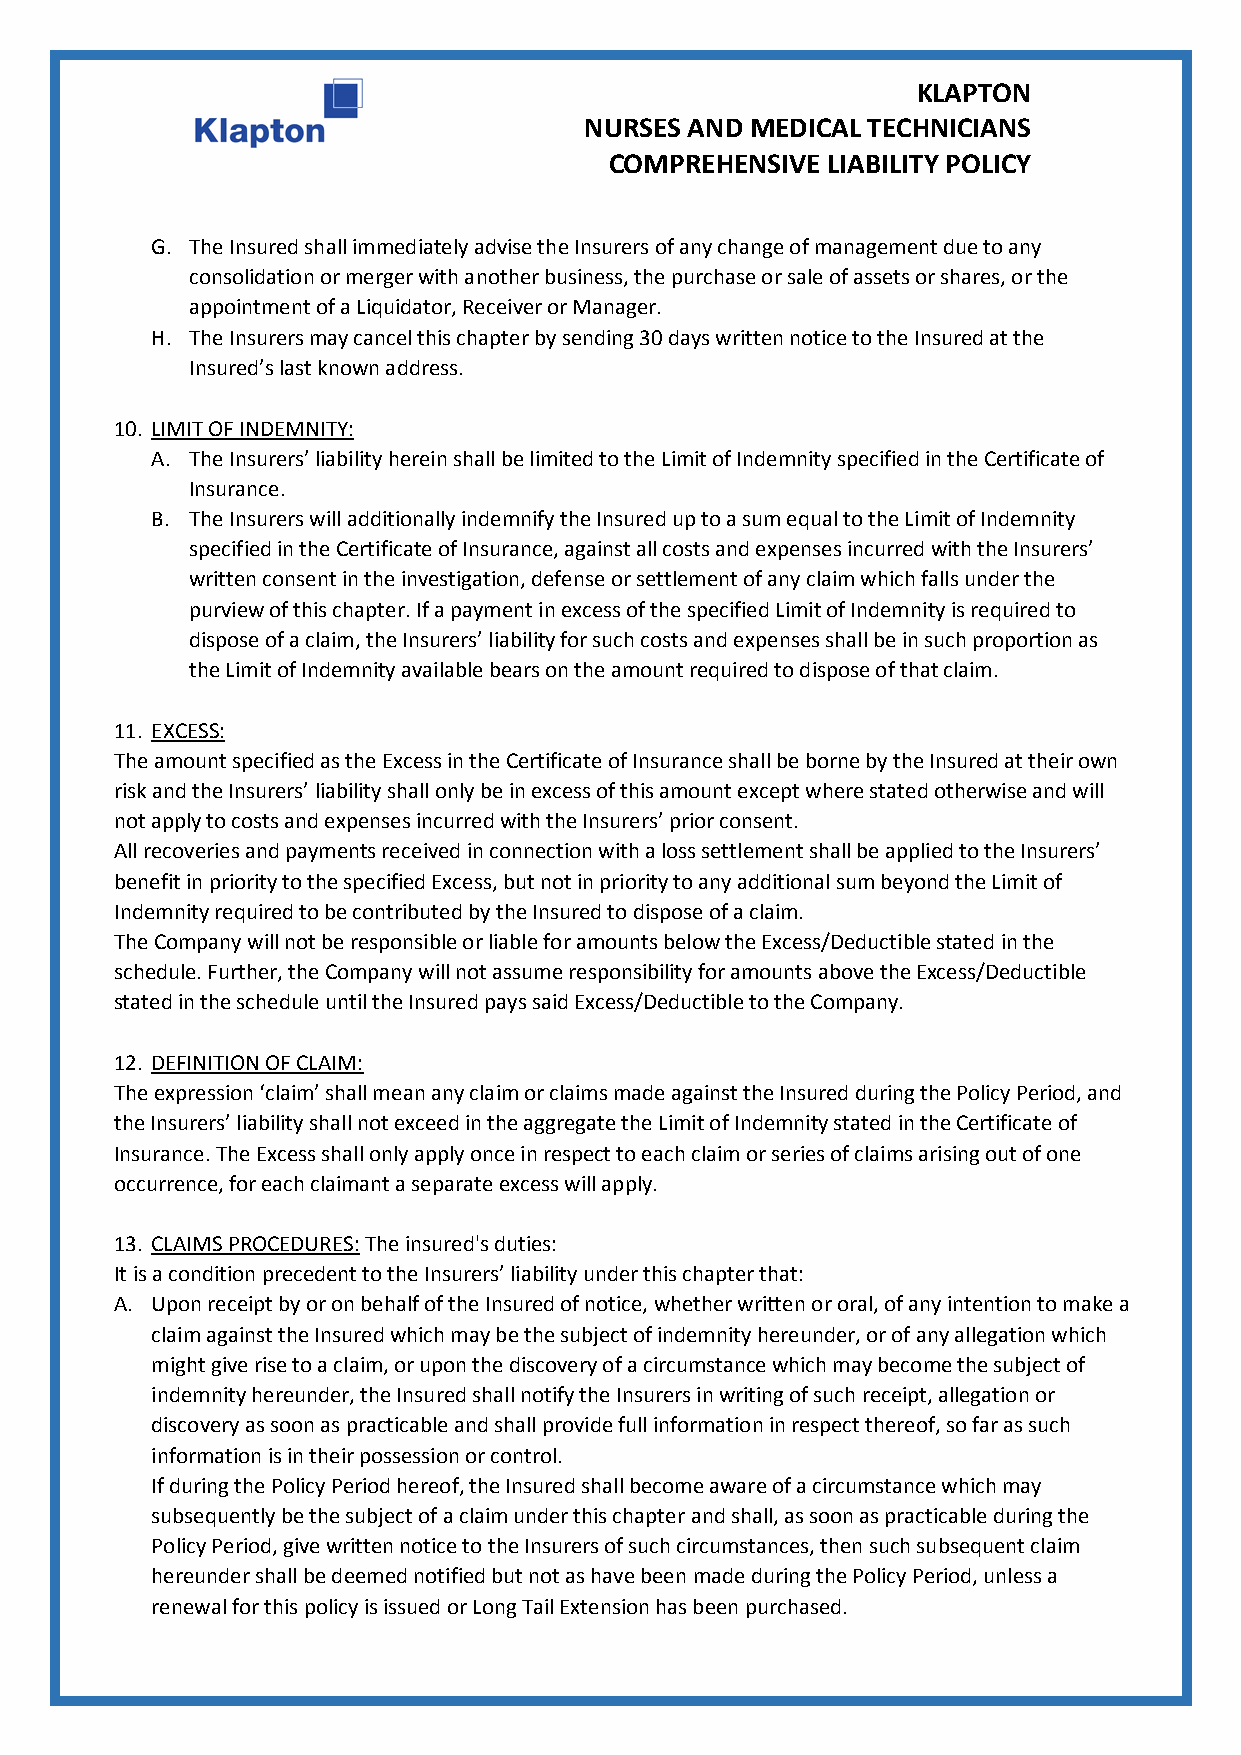
KLAPTON
 NURSES AND MEDICAL TECHNICIANS
 COMPREHENSIVE  LIABILITY POLICY
 G. The Insured shall immediately advise the Insurers of any change of management due to any
 consolidation or merger with another business, the purchase or sale of assets or shares, or the
 appointment of a Liquidator, Receiver or Manager.
 H. The Insurers may cancel this chapter by sending 30 days written notice to the Insured at the
 Insured’s last known address.
 10. LIMIT OF INDEMNITY:
 A. The Insurers’ liability herein shall be limited to the Limit of Indemnity specified in the Certificate of
 Insurance.
 B. The Insurers will additionally indemnify the Insured up to a sum equal to the Limit of Indemnity
 specified in the Certificate of Insurance, against all costs and expenses incurred with the Insurers’
 written consent in the investigation, defense or settlement of any claim which falls under the
 purview of this chapter. If a payment in excess of the specified Limit of Indemnity is required to
 dispose of a claim, the Insurers’ liability for such costs and expenses shall be in such proportion as
 the Limit of Indemnity available bears on the amount required to dispose of that claim.
 11. EXCESS:
 The amount specified as the Excess in the Certificate of Insurance shall be borne by the Insured at their own
 risk and the Insurers’ liability shall only be in excess of this amount except where stated otherwise and will
 not apply to costs and expenses incurred with the Insurers’ prior consent.
 All recoveries and payments received in connection with a loss settlement shall be applied to the Insurers’
 benefit in priority to the specified Excess, but not in priority to any additional sum beyond the Limit of
 Indemnity required to be contributed by the Insured to dispose of a claim.
 The Company will not be responsible or liable for amounts below the Excess/Deductible stated in the
 schedule. Further, the Company will not assume responsibility for amounts above the Excess/Deductible
 stated in the schedule until the Insured pays said Excess/Deductible to the Company.
 12. DEFINITION OF CLAIM:
 The expression ‘claim’ shall mean any claim or claims made against the Insured during the Policy Period, and
 the Insurers’ liability shall not exceed in the aggregate the Limit of Indemnity stated in the Certificate of
 Insurance. The Excess shall only apply once in respect to each claim or series of claims arising out of one
 occurrence, for each claimant a separate excess will apply.
 13. CLAIMS PROCEDURES: The insured's duties:
 It is a condition precedent to the Insurers’ liability under this chapter that:
 A. Upon receipt by or on behalf of the Insured of notice, whether written or oral, of any intention to make a
 claim against the Insured which may be the subject of indemnity hereunder, or of any allegation which
 might give rise to a claim, or upon the discovery of a circumstance which may become the subject of
 indemnity hereunder, the Insured shall notify the Insurers in writing of such receipt, allegation or
 discovery as soon as practicable and shall provide full information in respect thereof, so far as such
 information is in their possession or control.
 If during the Policy Period hereof, the Insured shall become aware of a circumstance which may
 subsequently be the subject of a claim under this chapter and shall, as soon as practicable during the
 Policy Period, give written notice to the Insurers of such circumstances, then such subsequent claim
 hereunder shall be deemed notified but not as have been made during the Policy Period, unless a
 renewal for this policy is issued or Long Tail Extension has been purchased.